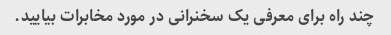
چند راه برای معرفی یک سخنرانی در مورد مخابرات بیایید.